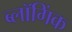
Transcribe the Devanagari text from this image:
ब्लॉगिंक